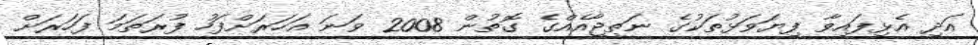
އަދި އެޅިފައިވާ ފިޔަވަޅުތަކުގެ ނަތީޖާއެއްގެ ގޮތުން 2008 ވަނަ އަހަރަށްފަހު ފުރަތަމަ ފަހަރަށް